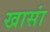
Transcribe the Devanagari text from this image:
खासां